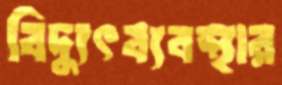
বিদ্যুৎব্যবস্থার